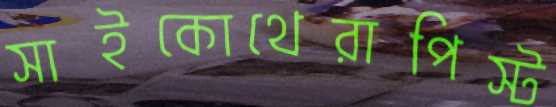
সাইকোথেরাপিস্ট